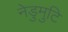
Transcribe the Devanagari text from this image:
नेडुमुटि